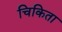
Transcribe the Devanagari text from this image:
चिकिता